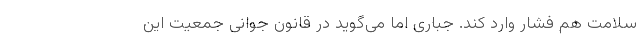
سلامت هم فشار وارد کند. جباری اما می‌گوید در قانون جوانی جمعیت این